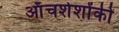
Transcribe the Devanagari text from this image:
ऑंचशेशोंकी